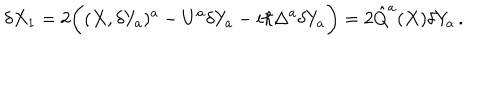
\delta X _ { 1 } = 2 \bigg ( ( X , \delta Y _ { a } ) ^ { a } - U ^ { a } \delta Y _ { a } - i \hbar \Delta ^ { a } \delta Y _ { a } \bigg ) = 2 \hat { Q } ^ { a } ( X ) \delta Y _ { a } \, .